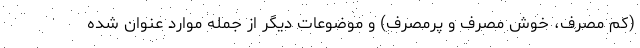
(کم مصرف، خوش مصرف و پرمصرف) و موضوعات دیگر از جمله موارد عنوان شده